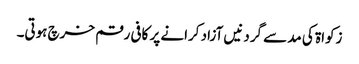
زکواۃ کی مد سے گردنیں آزاد کرانے پر کافی رقم خرچ ہوتی۔